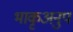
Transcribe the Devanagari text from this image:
भाकृअनुप